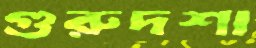
গুরুদশা